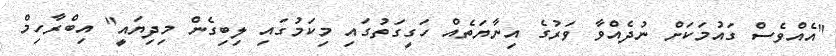
"އެއްވެސް ގައުމަކަށް ނުދެއްވާ ވަރުގެ އިނާޔަތެއް ހަގީގަތުގައި މިކަމުގައި ލިބިގެން މިދިޔައީ" އިބްރާހިމް